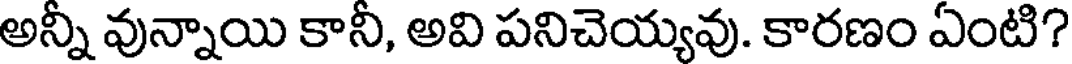
అన్నీ వున్నాయి కానీ, అవి పనిచెయ్యవు. కారణం ఏంటి?